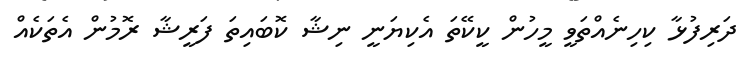
ދަރިފުޅާ ކިހިނެއްތަވީ މީހުން ކީކޭތަ އެކިޔަނީ ނިޝާ ކޮބައިތަ ފަރީޝާ ރޮމުން އެތަކެއް